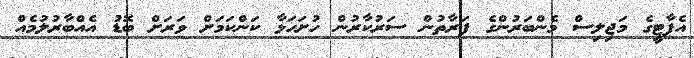
އެޕާޓީގެ މަޖިލިސް މެންބަރުންގެ ފަރާތުން ސަރުކާރުން ހުށަހަޅާ ކަންކަމަށް ވަރަށް ބޮޑު އެއްބާރުލުމެއް